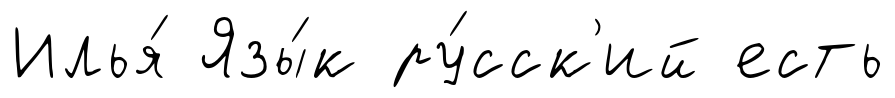
Илья́ Язы́к ру́сск'ий есть